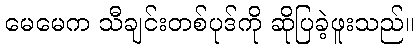
မေမေက သီချင်းတစ်ပုဒ်ကို ဆိုပြခဲ့ဖူးသည်။